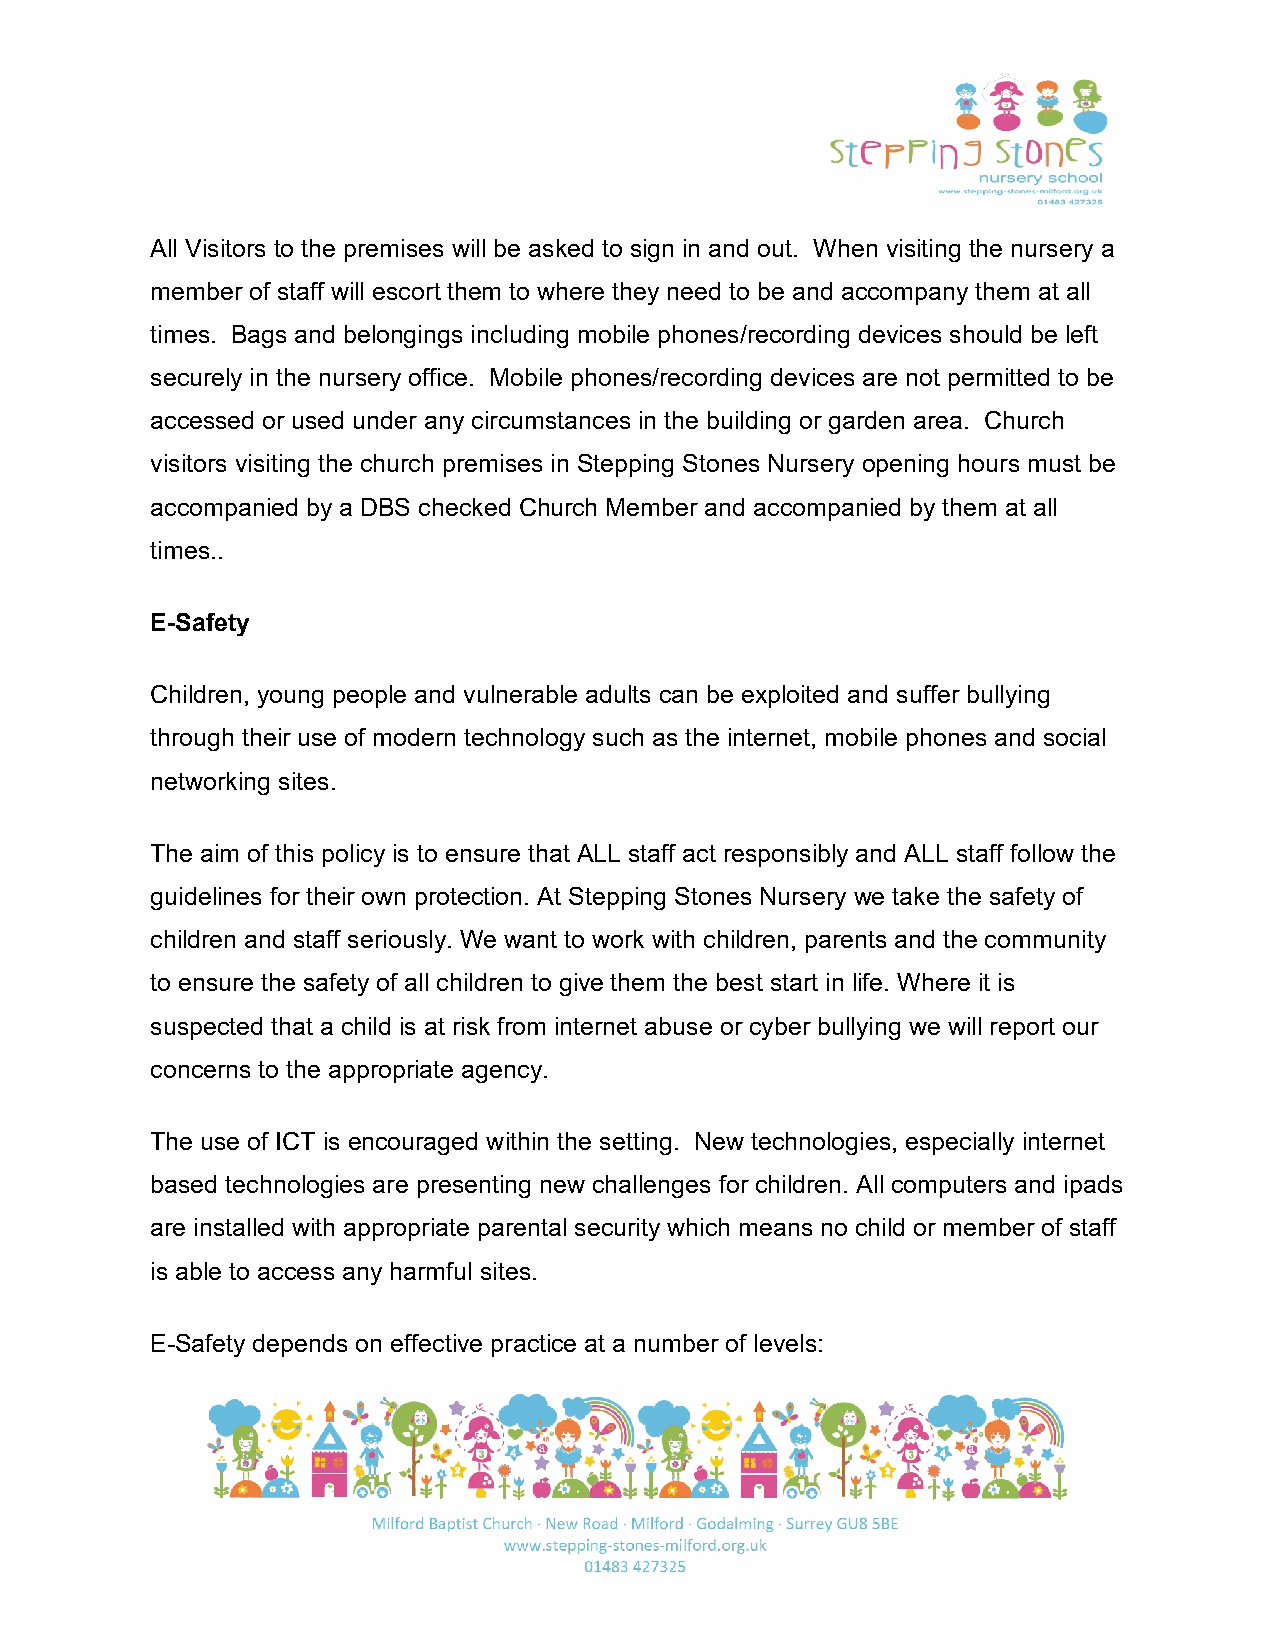
All Visitors to the premises will be asked to sign in and out. When visiting the nursery a
 member of staff will escort them to where they need to be and accompany them at all
 times. Bags and belongings including mobile phones/recording devices should be left
 securely in the nursery office. Mobile phones/recording devices are not permitted to be
 accessed or used under any circumstances in the building or garden area. Church
 visitors visiting the church premises in Stepping Stones Nursery opening hours must be
 accompanied by a DBS checked Church Member and accompanied by them at all
 times..
 E-Safety
 Children, young people and vulnerable adults can be exploited and suffer bullying
 through their use of modern technology such as the internet, mobile phones and social
 networking sites.
 The aim of this policy is to ensure that ALL staff act responsibly and ALL staff follow the
 guidelines for their own protection. At Stepping Stones Nursery we take the safety of
 children and staff seriously. We want to work with children, parents and the community
 to ensure the safety of all children to give them the best start in life. Where it is
 suspected that a child is at risk from internet abuse or cyber bullying we will report our
 concerns to the appropriate agency.
 The use of ICT is encouraged within the setting. New technologies, especially internet
 based technologies are presenting new challenges for children. All computers and ipads
 are installed with appropriate parental security which means no child or member of staff
 is able to access any harmful sites.
 E-Safety depends on effective practice at a number of levels: